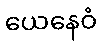
ယေနေဝံ